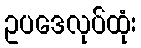
ဥပဒေလုပ်ထုံး